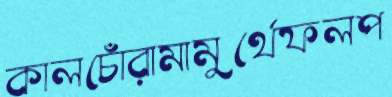
কালচোঁরামামুর্থেফলপ